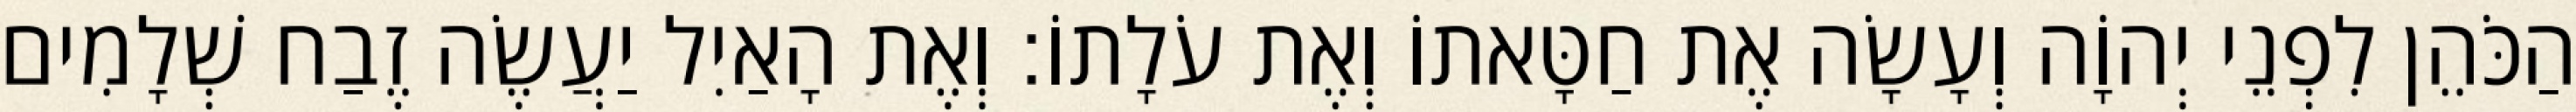
הַכֹּהֵן לִפְנֵי יְהוָֹה וְעָשָׂה אֶת חַטָּאתוֹ וְאֶת עֹלָתוֹ׃ וְאֶת הָאַיִל יַעֲשֶׂה זֶבַח שְׁלָמִים